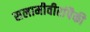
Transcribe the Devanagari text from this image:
सलामीवीरांपैकी